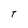
Character: T